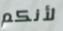
لأنكم